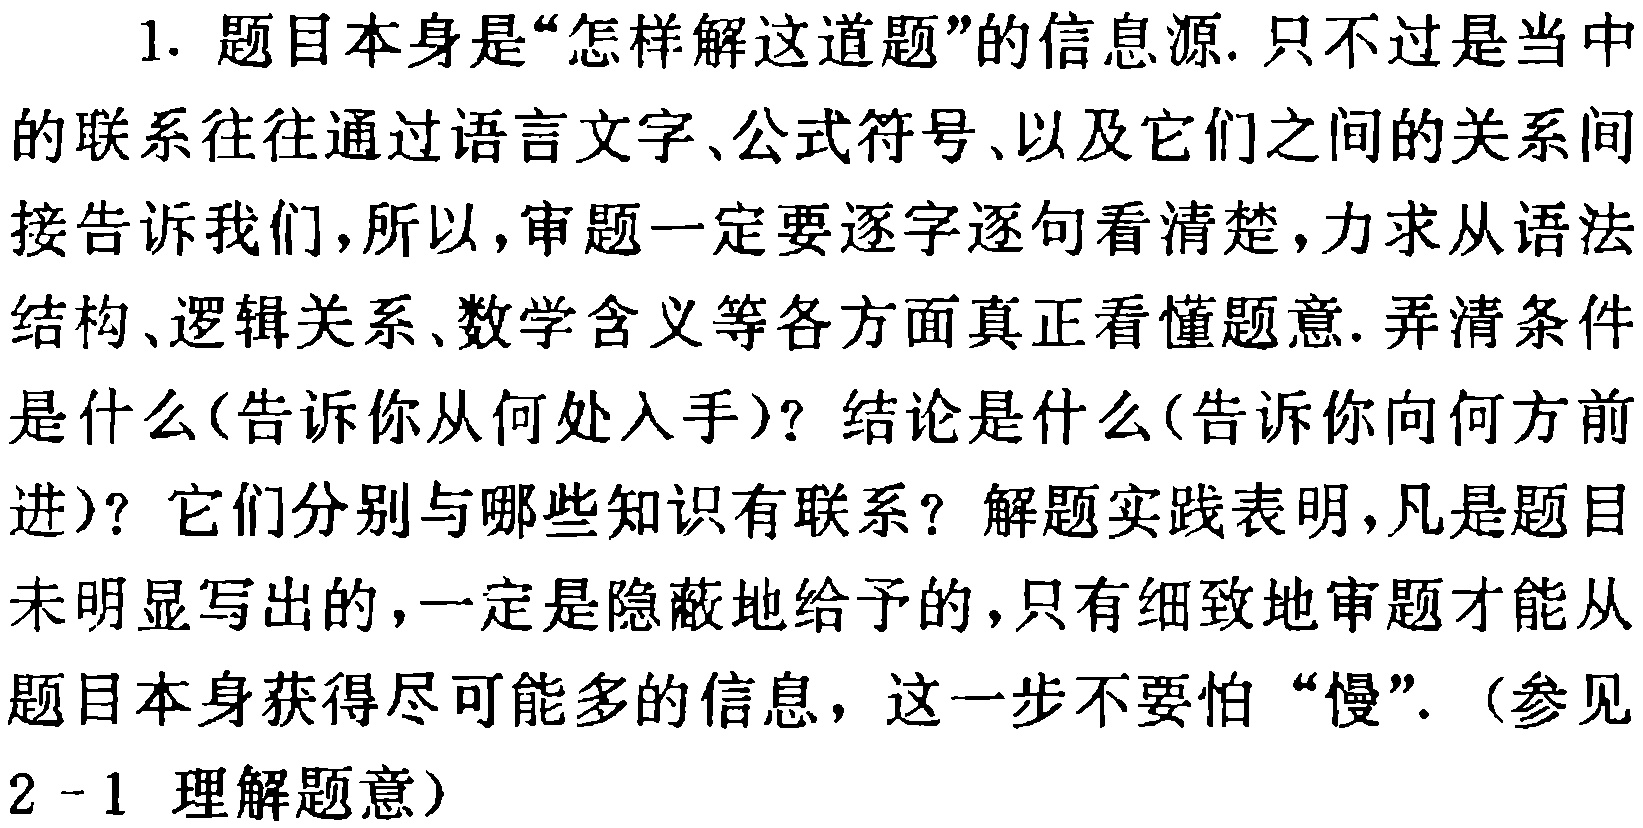
1. 题目本身是“怎样解这道题”的信息源. 只不过是当中的联系往往通过语言文字、公式符号、以及它们之间的关系间接告诉我们，所以，审题一定要逐字逐句看清楚，力求从语法结构、逻辑关系、数学含义等各方面真正看懂题意. 弄清条件是什么(告诉你从何处入手)？结论是什么(告诉你向何方前进)？它们分别与哪些知识有联系？解题实践表明，凡是题目未明显写出的，一定是隐蔽地给予的，只有细致地审题才能从题目本身获得尽可能多的信息，这一步不要怕 “慢”. （参见
2 - 1 理解题意）